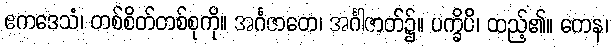
ဧကဒေသံ၊ တစ်စိတ်တစ်စုကို။ အင်္ဂဇာတေ၊ အင်္ဂါဇာတ်၌။ ပက္ခိပိ၊ ထည့်၏။ တေန၊